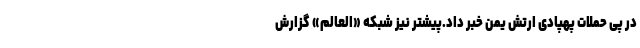
در پی حملات پهپادی ارتش یمن خبر داد.پیشتر نیز شبکه «العالم» گزارش